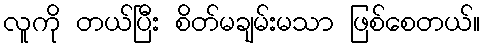
လူကို တယ်ပြီး စိတ်မချမ်းမသာ ဖြစ်စေတယ်။